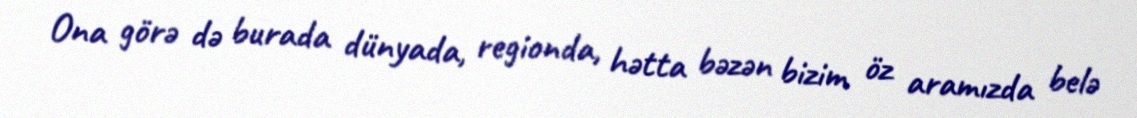
Ona görə də burada dünyada, regionda, hətta bəzən bizim öz aramızda belə